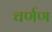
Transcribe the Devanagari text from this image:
चर्णण